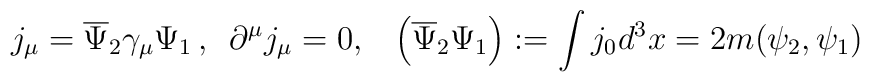
j_\mu =\overline{\Psi }_2\gamma _\mu \Psi _1\,,\,\,\,\partial ^\mu j_\mu=0,\,\,\,\,\,\left( \overline{\Psi }_2\Psi _1\right) :=\int j_0d^3x=2m(\psi_2,\psi _1)\,